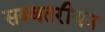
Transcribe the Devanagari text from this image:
सब्बतरीयन